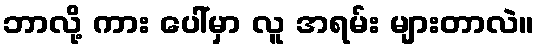
ဘာလို့ ကား ပေါ်မှာ လူ အရမ်း များတာလဲ။